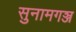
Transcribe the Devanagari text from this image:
सुनामगञ्ज